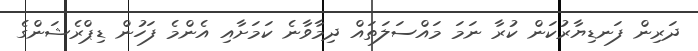
ދަރިން ފަނޑިޔާރުކަން ކުރާ ނަމަ މައްސަލަތައް ދިމާވާނެ ކަމަށާއި އެންމެ ފަހުން ޑިޕްރެޝަންގެ